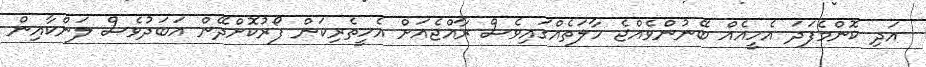
އަދި ކޮންމެފަދަ އެހީއެއް ބޭނުންވެއްޖެ ހާލަތެއްގައިވެސް ރާއްޖެއަށް އެހީތެރިކަން ފޯރުކޮށްދޭން އަބަދުވެސް ލަންކާއިން